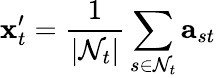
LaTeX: \mathbf{x}_{t}^{\prime}=\frac{1}{|\mathcal{N}_{t}|}\sum_{s\in\mathcal{N}_{t}}\mathbf{a}_{st}